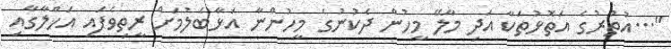
"...އުތުރުގެ އަތޮޅުތަކާ އަދި މާލޭ މީހުން ދެކުނުގެ މީހުންނާ އަޅާބެލުމަށް ރީތިވެފައި އަޚްލާގާއި